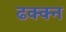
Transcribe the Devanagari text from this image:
ढक्क्न